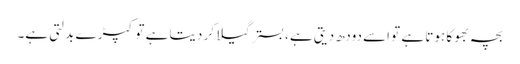
بچہ بھوکا ہوتا ہے تو اسے دودھ دیتی ہے ، بستر گیلا کر دیتا ہے تو کپڑ ے بدلتی ہے۔